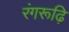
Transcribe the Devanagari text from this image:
रंगरूढ़ि